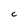
Character: C